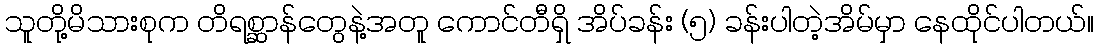
သူတို့မိသားစုက တိရစ္ဆာန်တွေနဲ့အတူ ကောင်တီရှိ အိပ်ခန်း (၅) ခန်းပါတဲ့အိမ်မှာ နေထိုင်ပါတယ်။